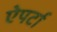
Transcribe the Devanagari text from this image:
ऐपर्टा